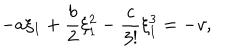
- a \xi _ { 1 } + \frac { b } { 2 } \xi _ { 1 } ^ { 2 } - \frac { c } { 3 ! } \xi _ { 1 } ^ { 3 } = - v ,